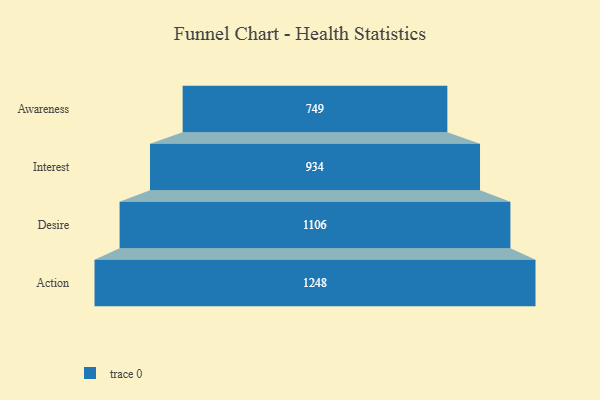
{"axis": {"x": "Stage", "y": "Value"}, "legend": [""], "data": [{"x": "Awareness", "y": 749.0, "type": ""}, {"x": "Interest", "y": 934.0, "type": ""}, {"x": "Desire", "y": 1106.0, "type": ""}, {"x": "Action", "y": 1248.0, "type": ""}]}